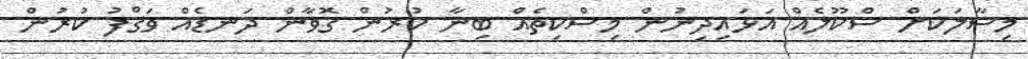
މިސާލަކަށް ސްކޫލެއް އަޅައިދިނުން މިސްކިތެއް ބިނާ ކުރުން ގޮވާން ދަނޑެއް ވަޤްފު ކުރުން